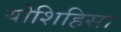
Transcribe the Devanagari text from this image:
योशिहिसा